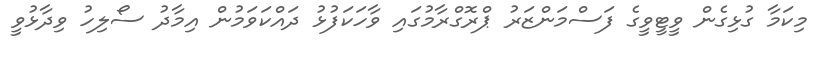
މިކަމާ ގުޅިގެން ވީޓީވީގެ ފަސްމަންޒަރު ޕްރޮގްރާމުގައި ވާހަކަފުޅު ދައްކަވަމުން އިމާދު ސޯލިހު ވިދާޅުވީ